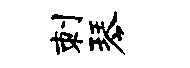
刺琴